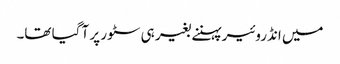
میں انڈروئیر پہننے بغیر ہی سٹور پر آ گیا تھا۔